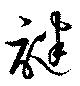
謎